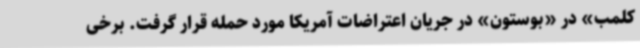
کلمب» در «بوستون» در جریان اعتراضات آمریکا مورد حمله قرار گرفت. برخی